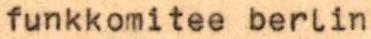
funkkomitee berlin